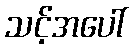
သင့်အပေါ်